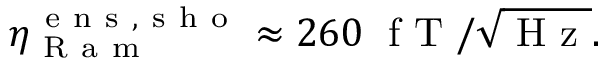
\eta _ { \mathrm { ~ R ~ a ~ m ~ } } ^ { \mathrm { ~ e ~ n ~ s ~ , ~ s ~ h ~ o ~ } } \approx 2 6 0 \; \mathrm { ~ f ~ T ~ } / \sqrt { \mathrm { ~ H ~ z ~ } } .